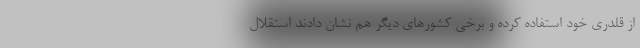
از قلدری خود استفاده کرده و برخی کشورهای دیگر هم نشان دادند استقلال